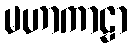
မဟာကာဠာ